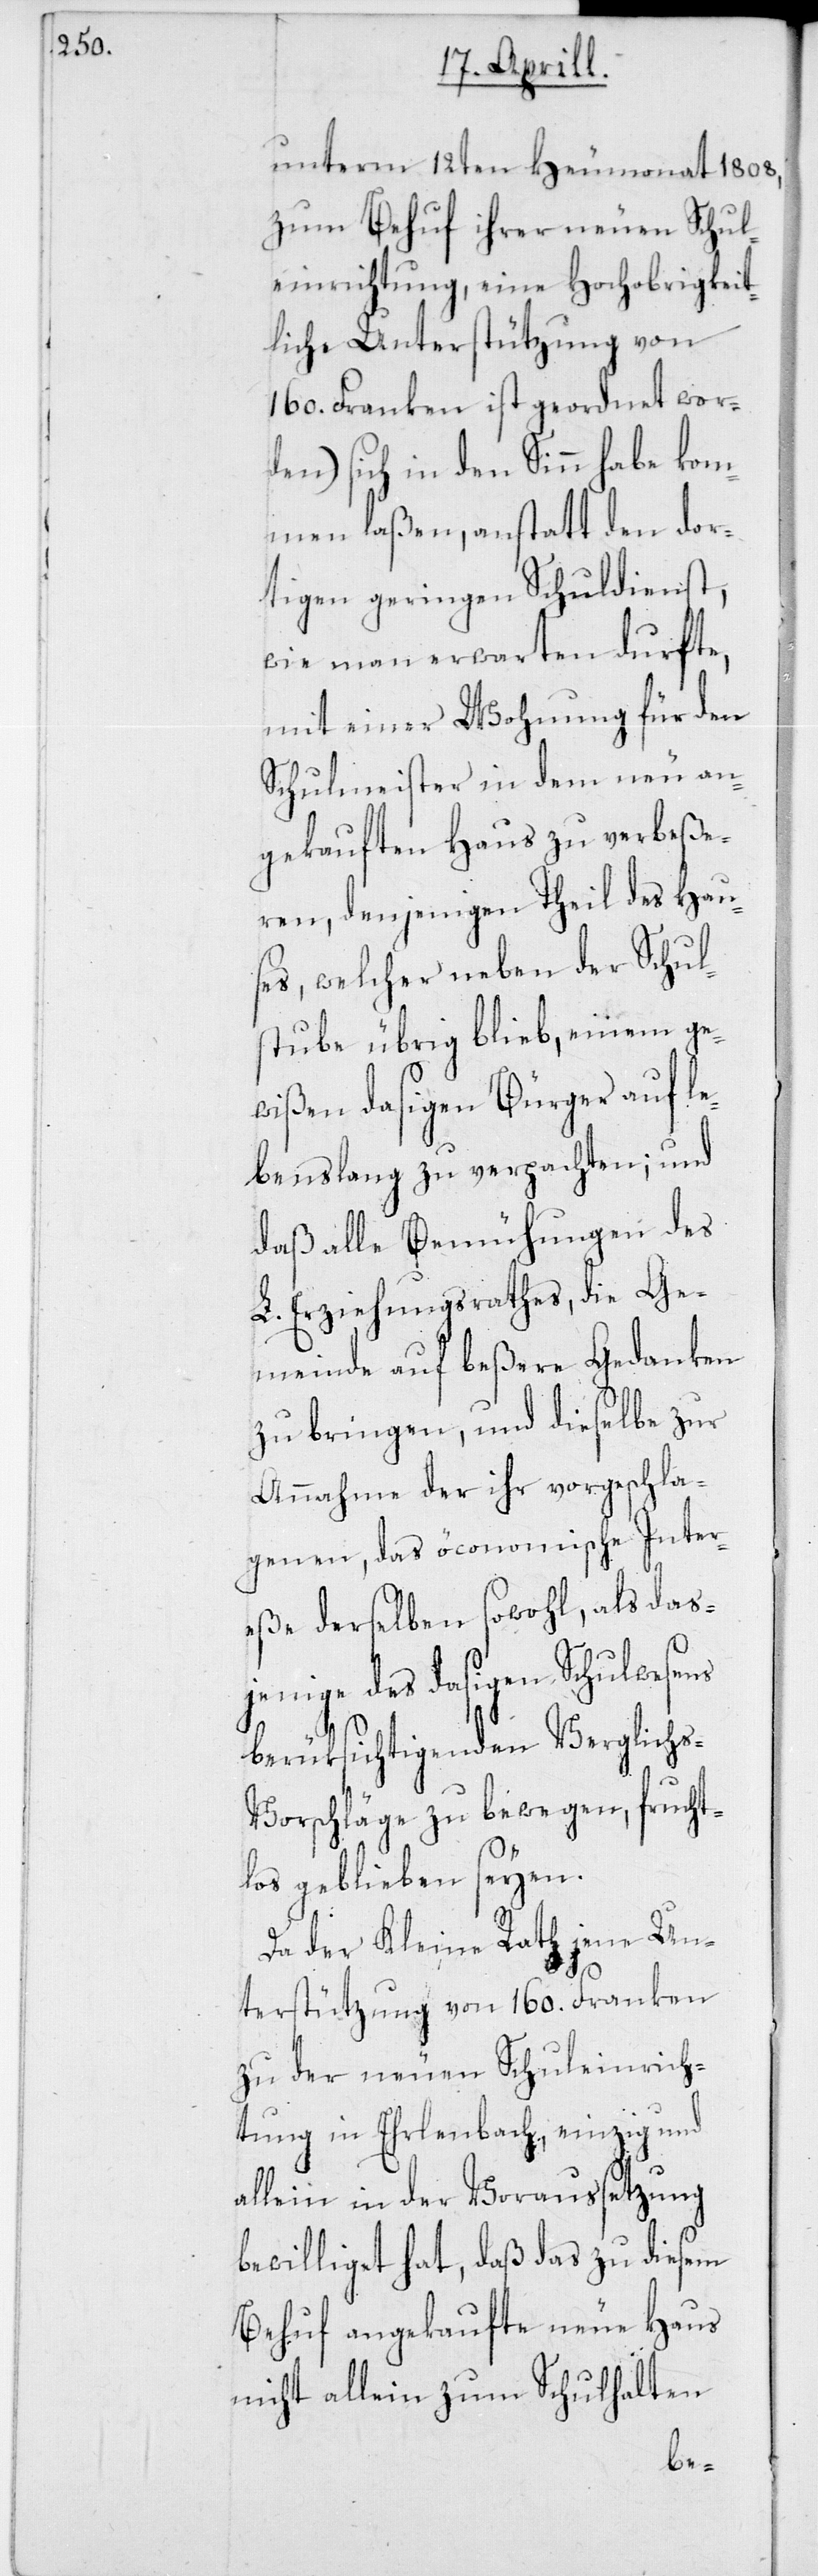
unterm 12ten Heumonat 1808,
zum Behuf ihrer neuen Schul¬
einrichtung, eine Hochobrigkeit¬
liche Unterstützung von
160. Franken ist geordnet wor¬
den) sich in den Sinn habe kom¬
men laßen, anstatt den dor¬
tigen geringen Schuldienst,
wie man erwarten durfte,
mit einer Wohnung für den
Schulmeister in dem neu an¬
gekauften Haus zu verbeße¬
ren, denjenigen Theil des Hau¬
ses, welcher neben der Schul¬
stube übrig blieb, einem ge¬
wißen dasigen Bürger auf le¬
benslang zu verpachten; und
daß alle Bemühungen des
L. Erziehungsrathes, die Ge¬
meinde auf beßere Gedanken
zu bringen, und dieselbe zur
Annahme der ihr vorgeschla¬
genen, das öconomische Inter¬
eße derselben sowohl, als das¬
jenige des dasigen Schulwesens
berüksichtigenden Verglich¬
s-Vorschläge zu bewegen, frucht¬
los geblieben seyen.
Da der Kleine Rath jene Un¬
terstützung von 160. Franken
zu der neuen Schuleinrich¬
tung in Erlenbach einzig und
allein in der Voraussetzung
bewilliget hat, daß das zu diesem
Behuf angekaufte neue Haus
nicht allein zum Schulhalten